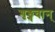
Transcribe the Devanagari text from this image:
शृङ्गवान्